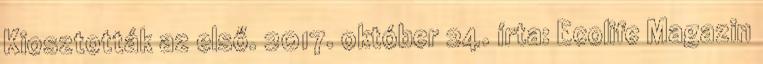
Kiosztották az első. 2017. október 24. írta: Ecolife Magazin